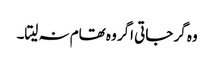
وہ گر جاتی اگر وہ تھام نہ لیتا۔